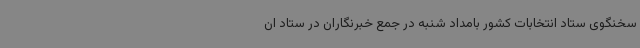
سخنگوی ستاد انتخابات کشور بامداد شنبه در جمع خبرنگاران در ستاد ان